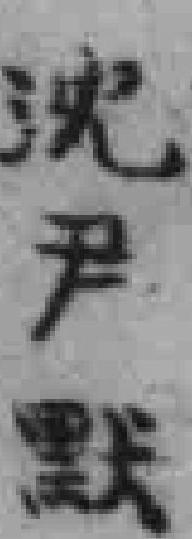
沈尹默